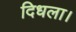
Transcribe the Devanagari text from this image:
दिधला।